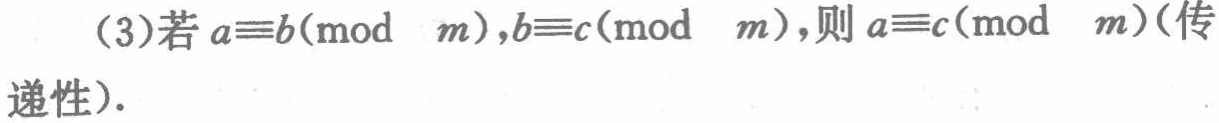
(3)若 \(a\equiv b(\bmod\ m),b\equiv c(\bmod\ m)\)，则 \(a\equiv c(\bmod\ m)\)（传递性）.